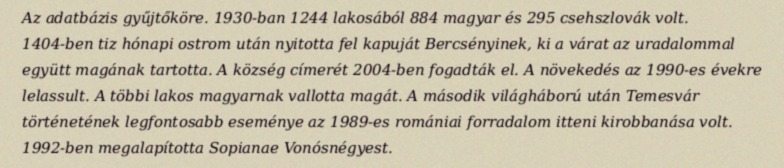
Az adatbázis gyűjtőköre. 1930-ban 1244 lakosából 884 magyar és 295 csehszlovák volt. 1404-ben tiz hónapi ostrom után nyitotta fel kapuját Bercsényinek, ki a várat az uradalommal együtt magának tartotta. A község címerét 2004-ben fogadták el. A növekedés az 1990-es évekre lelassult. A többi lakos magyarnak vallotta magát. A második világháború után Temesvár történetének legfontosabb eseménye az 1989-es romániai forradalom itteni kirobbanása volt. 1992-ben megalapította Sopianae Vonósnégyest.